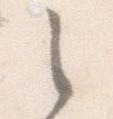
之